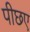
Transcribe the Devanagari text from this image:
पीछए